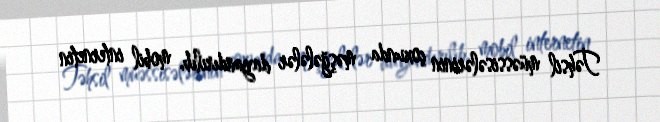
Təhsil müəssisələrinin çoxunda məşğələlər dayandırılıb, mobil internetin